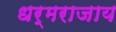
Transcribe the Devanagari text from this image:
धर्मराजाय